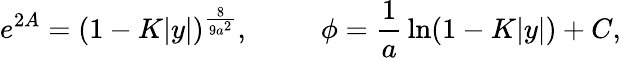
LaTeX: e^{2A}=(1-K|y|)^{\frac{8}{9a^{2}}},\ \ \ \ \ \ \ \ \ \ \phi={\frac{1}{a}}\ln(1-K|y|)+C,